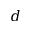
d